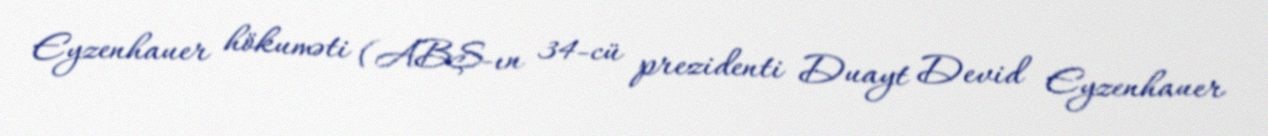
Eyzenhauer hökuməti (ABŞ-ın 34-cü prezidenti Duayt Devid Eyzenhauer